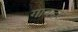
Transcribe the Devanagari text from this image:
गावदर